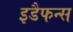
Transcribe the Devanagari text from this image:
इडैफन्स